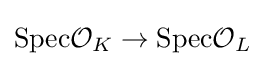
\mathrm {Spec} {\mathcal {O}}_{K}\to \mathrm {Spec} {\mathcal {O}}_{L}